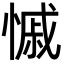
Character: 慽